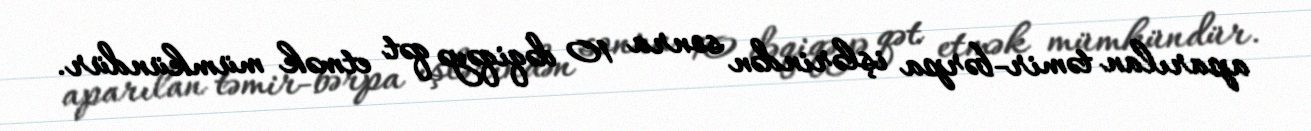
aparılan təmir-bərpa işlərindən sonra 10 dəqiqəyə qət etmək mümkündür.